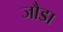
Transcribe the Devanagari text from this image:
जौडा